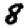
Digit: 8